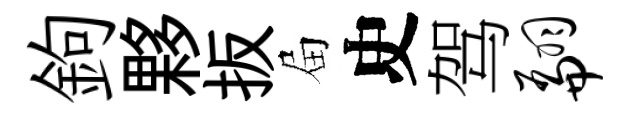
鉤夥扳屇史驾翩